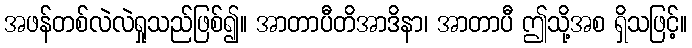
အဖန်တစ်လဲလဲရှုသည်ဖြစ်၍။ အာတာပီတိအာဒိနာ၊ အာတာပီ ဤသို့အစ ရှိသဖြင့်။